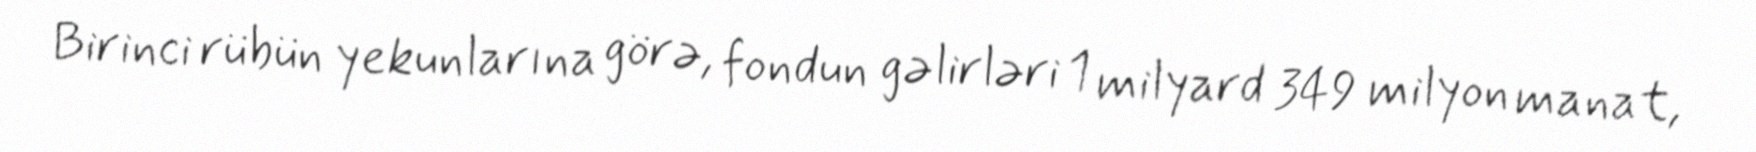
Birinci rübün yekunlarına görə, fondun gəlirləri 1 milyard 349 milyon manat,